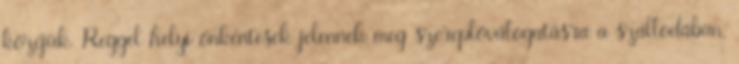
közéjük. Reggel helyi önkéntesek jelennek meg szereplőválogatásra a szállodában,